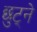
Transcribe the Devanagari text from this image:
छुट्ने